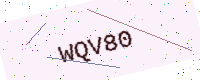
Text: WQV80